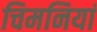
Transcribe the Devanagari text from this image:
चिमनियां